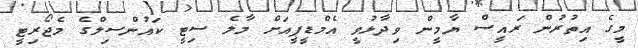
މީގެ އިތުރުން ރައީސް ޔާމީން ވިދާޅުވީ އެމްޑީޕީއަށް މާލެ ސިޓީ ކައުންސިލްގެ މެޖޯރިޓީ